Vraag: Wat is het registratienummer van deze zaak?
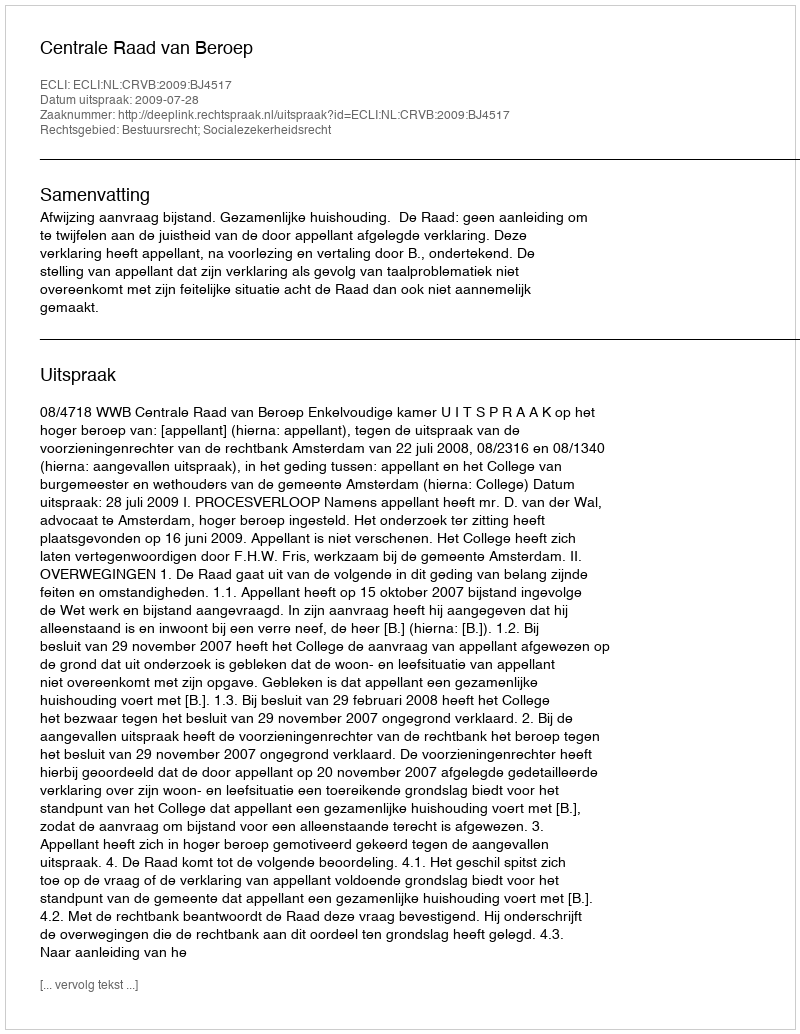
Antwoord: http://deeplink.rechtspraak.nl/uitspraak?id=ECLI:NL:CRVB:2009:BJ4517